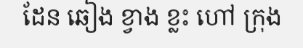
ដែន ឆៀង ខ្វាង ខ្លះ ហៅ ក្រុង